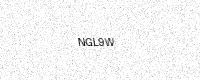
Text: NGL9W